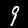
Label: 9